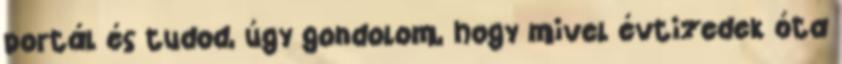
portál és tudod, úgy gondolom, hogy mivel évtizedek óta